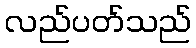
လည်ပတ်သည်